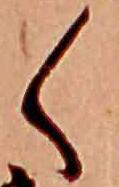
く